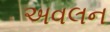
અવલન